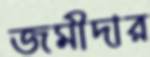
জমীদার